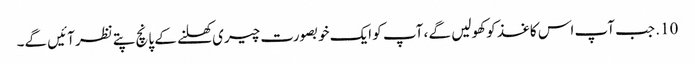
10. جب آپ اس کاغذ کو کھولیں گے ، آپ کو ایک خوبصورت چیری کھلنے کے پانچ پتے نظر آئیں گے۔